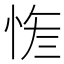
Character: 𢚮